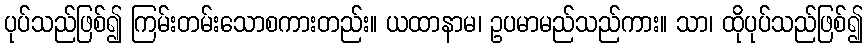
ပုပ်သည်ဖြစ်၍ ကြမ်းတမ်းသောစကားတည်း။ ယထာနာမ၊ ဥပမာမည်သည်ကား။ သာ၊ ထိုပုပ်သည်ဖြစ်၍